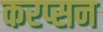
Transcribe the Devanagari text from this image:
करप्सन